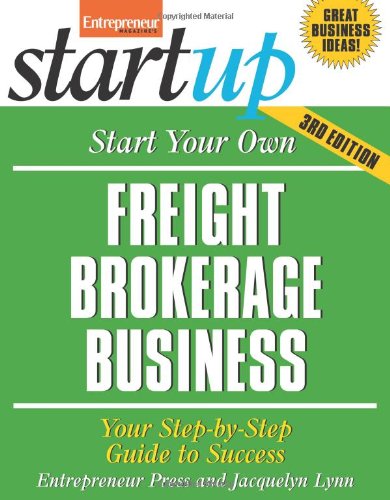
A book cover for Start Your Own Freight Brokerage Business: Your Step-By-Step Guide to Success (StartUp Series); Entrepreneur Press; Business & Money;